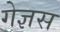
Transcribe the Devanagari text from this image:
गेज्ञस